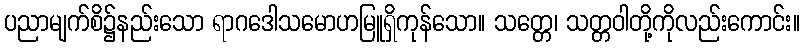
ပညာမျက်စိ၌နည်းသော ရာဂဒေါသမောဟမြူရှိကုန်သော။ သတ္တေ၊ သတ္တဝါတို့ကိုလည်းကောင်း။